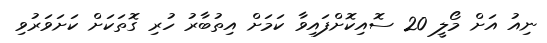
ނިއު އަށް މޯލީ 20 ސޮއިކޮށްފައިވާ ކަމަށް އިތުބާރު ހުރި ގޮތަކަށް ކަށަވަރުވި